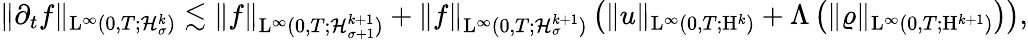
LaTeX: \begin{array}{r}{\Vert\partial_{t}f\Vert_{\mathrm{L}^{\infty}(0,T;\mathcal{H}_{\sigma}^{k})}\lesssim\Vert f\Vert_{\mathrm{L}^{\infty}(0,T;\mathcal{H}_{\sigma+1}^{k+1})}+\Vert f\Vert_{\mathrm{L}^{\infty}(0,T;\mathcal{H}_{\sigma}^{k+1})}\left(\Vert u\Vert_{\mathrm{L}^{\infty}(0,T;\mathrm{H}^{k})}+\Lambda\left(\Vert\varrho\Vert_{\mathrm{L}^{\infty}(0,T;\mathrm{H}^{k+1})}\right)\right),}\end{array}